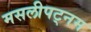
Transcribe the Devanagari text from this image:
मसलीपट्नम